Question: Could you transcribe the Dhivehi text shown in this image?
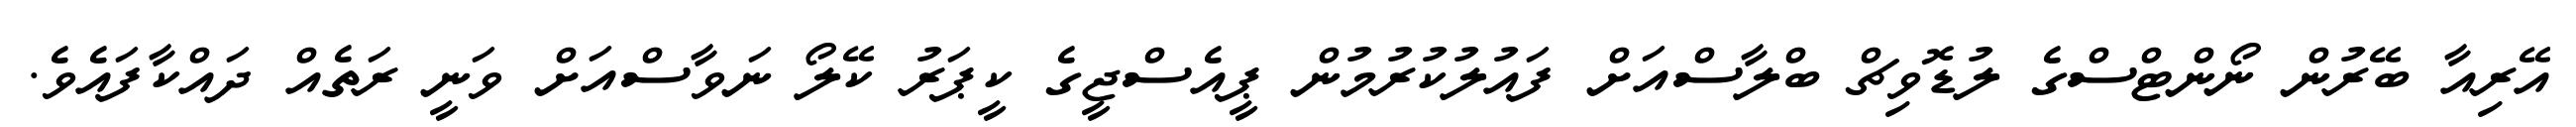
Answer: އޭރިއާ ބޭރުން ނޯންޓްސްގެ ލުޑޮވިޗް ބްލާސްއަށް ފައުލުކުރުމުން ޕީއެސްޖީގެ ކީޕަރު ކޭލޯ ނަވާސްއަށް ވަނީ ރަތެއް ދައްކާފައެވެ.